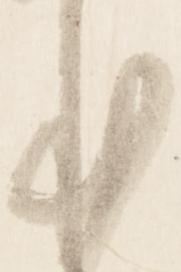
本